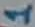
Text: 1